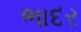
ભાદર